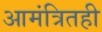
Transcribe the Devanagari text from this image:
आमंत्रितही